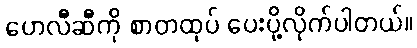
ဟေလီဆီကို စာတထုပ် ပေးပို့လိုက်ပါတယ်။